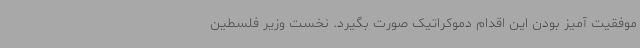
موفقیت آمیز بودن این اقدام دموکراتیک صورت بگیرد. نخست وزیر فلسطین